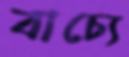
বাচ্যে